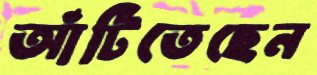
আঁটিতেছেন